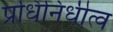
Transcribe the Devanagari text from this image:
प्रधिनिधीत्व